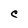
Character: C